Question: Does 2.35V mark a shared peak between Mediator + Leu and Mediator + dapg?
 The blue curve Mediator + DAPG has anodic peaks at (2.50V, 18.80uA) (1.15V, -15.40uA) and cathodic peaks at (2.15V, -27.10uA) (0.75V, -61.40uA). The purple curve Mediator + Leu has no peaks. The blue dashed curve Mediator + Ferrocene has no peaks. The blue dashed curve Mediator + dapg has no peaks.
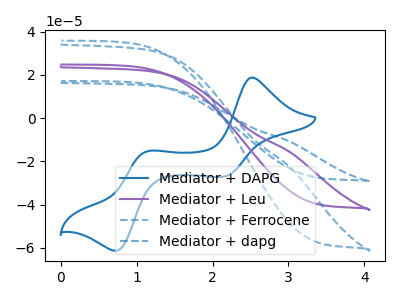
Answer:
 <answer>No, "Mediator + Leu" and "Mediator + dapg" dont share a peak at 2.35V.</answer>
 <eval>mismatch</eval>